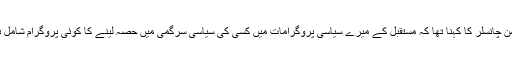
جرمن چانسلر کا کہنا تھا کہ مستقبل کے میرے سیاسی پروگرامات میں کسی کی سیاسی سرگمی میں حصہ لینے کا کوئی پروگرام شامل نہیں۔